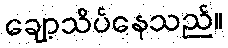
ချော့သိပ်နေသည်။